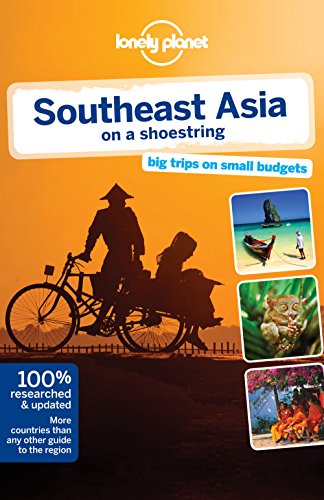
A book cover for Lonely Planet Southeast Asia on a shoestring (Travel Guide); Lonely Planet; Travel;